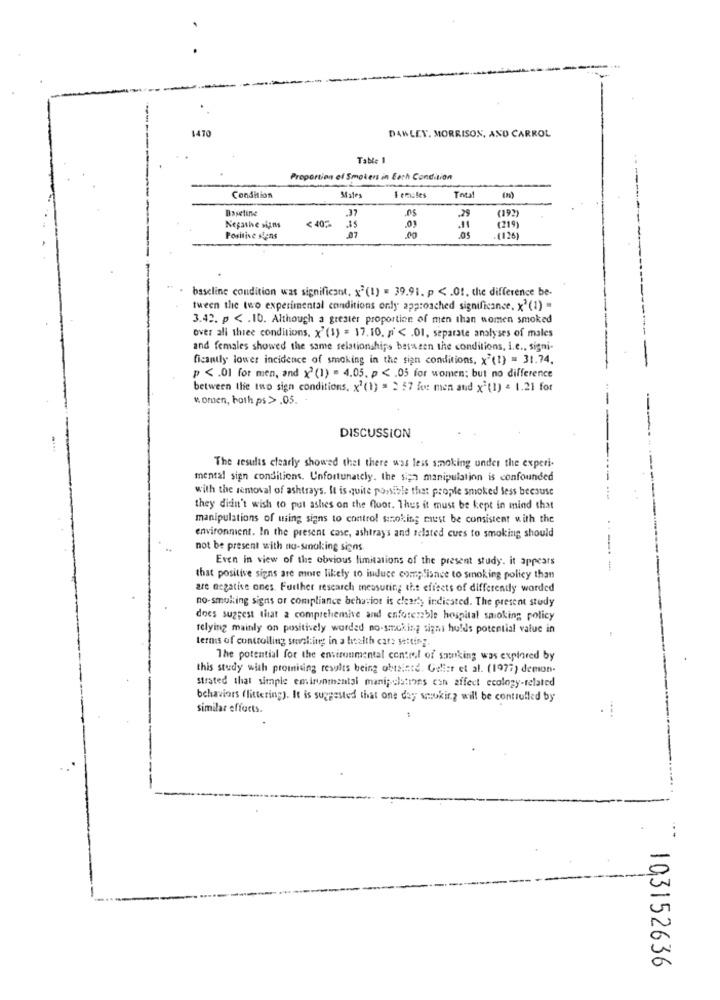
1470
DANLEY. MORRISON, AND CARROL
Table 1
on el Smokers in Each Condition
Condition
Males
Females
Total
Baseline
.29
(192)
< 40%
Negathe signs
35
(219)
Positive stens
.07
.00
.(126)
baseline condition was significant. x2 (1) = 39.91. p < . Of. the difference be-
tween the two experimental conditions only approached significance, x2 (1) =
3.42. p < . 10. Although a greater proportion of men than women smoked
over all three conditions, x' (1) = 17. 10. p < . O1, separate analyses of males
and females showed the same relationships between the conditions, i.e ., signi-
ficantly lower incidence of smoking in the sign conditions, x'(1) = 31.74.
p < . 01 for men, and x2 (1) = 4.05. p < . 05 for women; but no difference
between the two sign conditions, x'(1) = > 57 for men and x2(1) = 1.21 for
women, both ps > .05.
DISCUSSION
The results clearly showed that there was less smoking under the experi-
mental sign conditions. Unfortunately. the sign manipulation is confounded
with the removal of ashtrays. It is quite possible that people smoked less because
they didn't wish to put ashes on the floor. Thus it must be kept in mind that
manipulations of ming signs to control smoking must be consistent with the
environment. In the present case, ashtrays and related cues to smoking should
not be present with no-smoking signs.
Even in view of the obvious limitations of the present study. it appears
that positive signs are more likely to induce compliance to smoking policy than
are negative ones. Further research measuring the effects of differently worded
no-smoking signs or compliance bchariot is clearty indicated. The present study
does suggest that a comprehensive and enforerble hospital smoking policy
relying mainly on positively worded no-smoking signi holds potential value in
terms of controlling smiling in a health care setting.
The potential for the environmental control of satking was explored by
this study with promising results being obtained. Gelier et al. (1977) demon-
strated that simple emirunmentsi manipulations can affect ecology-related
behaviors (littering). It is suggested that one day smoking will be controlled by
similar efforts.
103152636